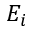
E _ { i }